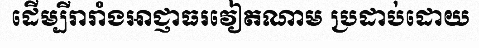
ដើម្បីរារាំងអាជ្ញាធរវៀតណាម ប្រដាប់ដោយ